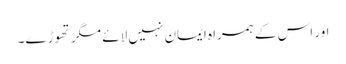
اور اس کے ہمراہ ایمان نہیں لائے مگر تھوڑے۔